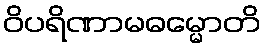
ဝိပရိဏာမဓမ္မောတိ